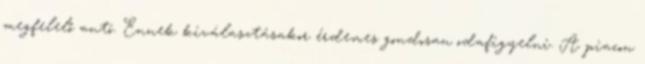
megfelelő autó. Ennek kiválasztásakor érdemes gondosan odafigyelni. A piacon